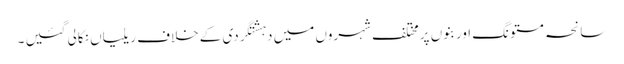
سانحہ مستونگ اور بنوں پرمختلف شہروں میں دہشتگردی کے خلاف ریلیاں نکالی گئیں ۔